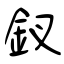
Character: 釵